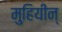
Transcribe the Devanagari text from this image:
मुहियीन्